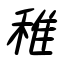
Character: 稚